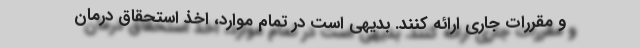
و مقررات جاری ارائه کنند. بدیهی است در تمام موارد، اخذ استحقاق درمان